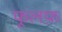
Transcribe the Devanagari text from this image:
फूलफ़